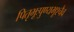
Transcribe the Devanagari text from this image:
पितृभूःपुण्यभूश्चैव